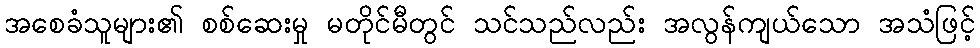
အစေခံသူများ၏ စစ်ဆေးမှု မတိုင်မီတွင် သင်သည်လည်း အလွန်ကျယ်သော အသံဖြင့်